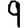
Digit: 9